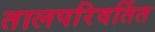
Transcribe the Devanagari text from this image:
तालपरिवर्तित